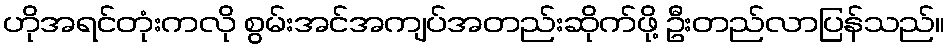
ဟိုအရင်တုံးကလို စွမ်းအင်အကျပ်အတည်းဆိုက်ဖို့ ဦးတည်လာပြန်သည်။